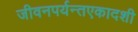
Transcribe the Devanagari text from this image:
जीवनपर्यन्तएकादशी